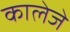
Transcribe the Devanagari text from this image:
कालेजे